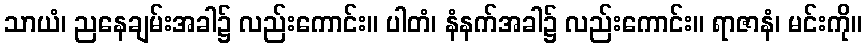
သာယံ၊ ညနေချမ်းအခါ၌ လည်းကောင်း။ ပါတံ၊ နံနက်အခါ၌ လည်းကောင်း။ ရာဇာနံ၊ မင်းကို။